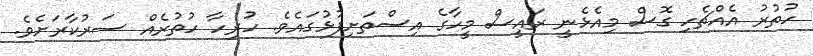
ހުތުރު އެއްޗެހި ގޮސް މިއެޅެނީ ރައީސް މީހާގެ އިސްތަށިފުޅުގައެވެ. ހުރިހާ ހުތުރެއް ސަރުކާރަށެވެ.